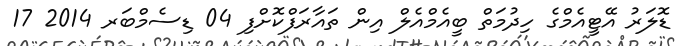
ޑޮލަރު އޭޓީއެމްގެ ހިދުމަތް ބީއެމްއެލް އިން ތައާރަފްކޮށްފި 04 ޑިސެމްބަރ 2014 17